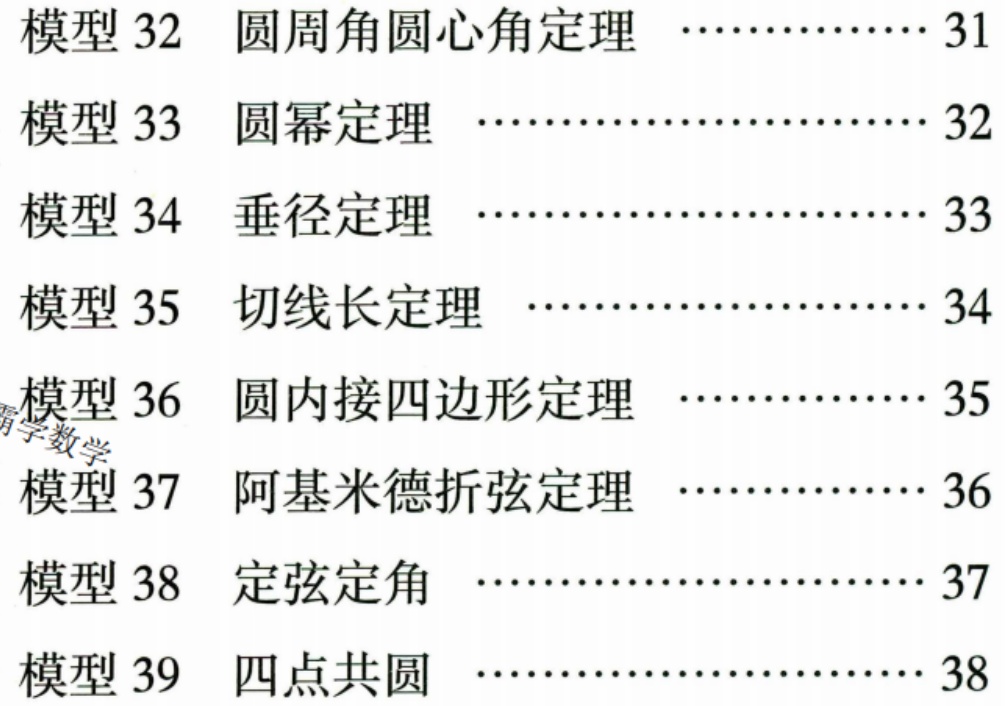
模型32 圆周角圆心角定理 …………… 31
模型33 圆幂定理 ……………………… 32
模型34 垂径定理 ……………………… 33
模型35 切线长定理 ……………………… 34
模型36 圆内接四边形定理 …………… 35
霸学数学
模型37 阿基米德折弦定理 …………… 36
模型38 定弦定角 ……………………… 37
模型39 四点共圆 ……………………… 38